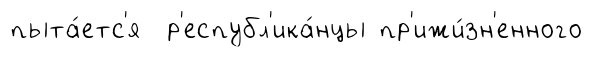
пыта́етс'я р'еспубл'ика́нцы пр'ижи́зн'енного